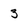
Character: 3